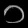
Digit: ၁